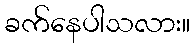
ခက်နေပါသလား။